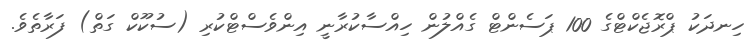
ހިނދަކު ޕްރޮޖެކްޓްގެ 100 ޕަސެންޓް ގެއްލުން ހިއްސާކުރާނީ އިންވެސްޓްކުރި (ސުކޫކް ގަތް) ފަރާތެވެ.